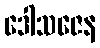
ဒေါသဇေန